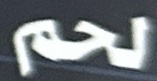
لحم